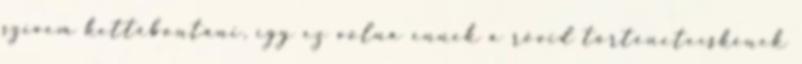
szívem kettébontani, így ez volna ennek a rövid történetecskének